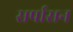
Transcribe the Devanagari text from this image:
सर्पासन